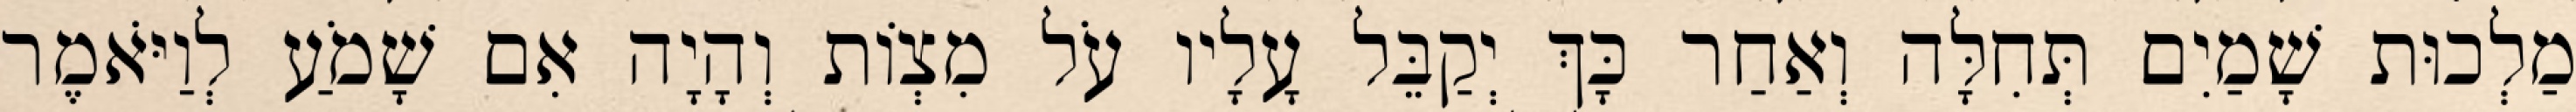
מַלְכוּת שָׁמַיִם תְּחִלָּה וְאַחַר כָּךְ יְקַבֵּל עָלָיו עֹל מִצְוֹת וְהָיָה אִם שָׁמֹעַ לְוַיֹּאמֶר